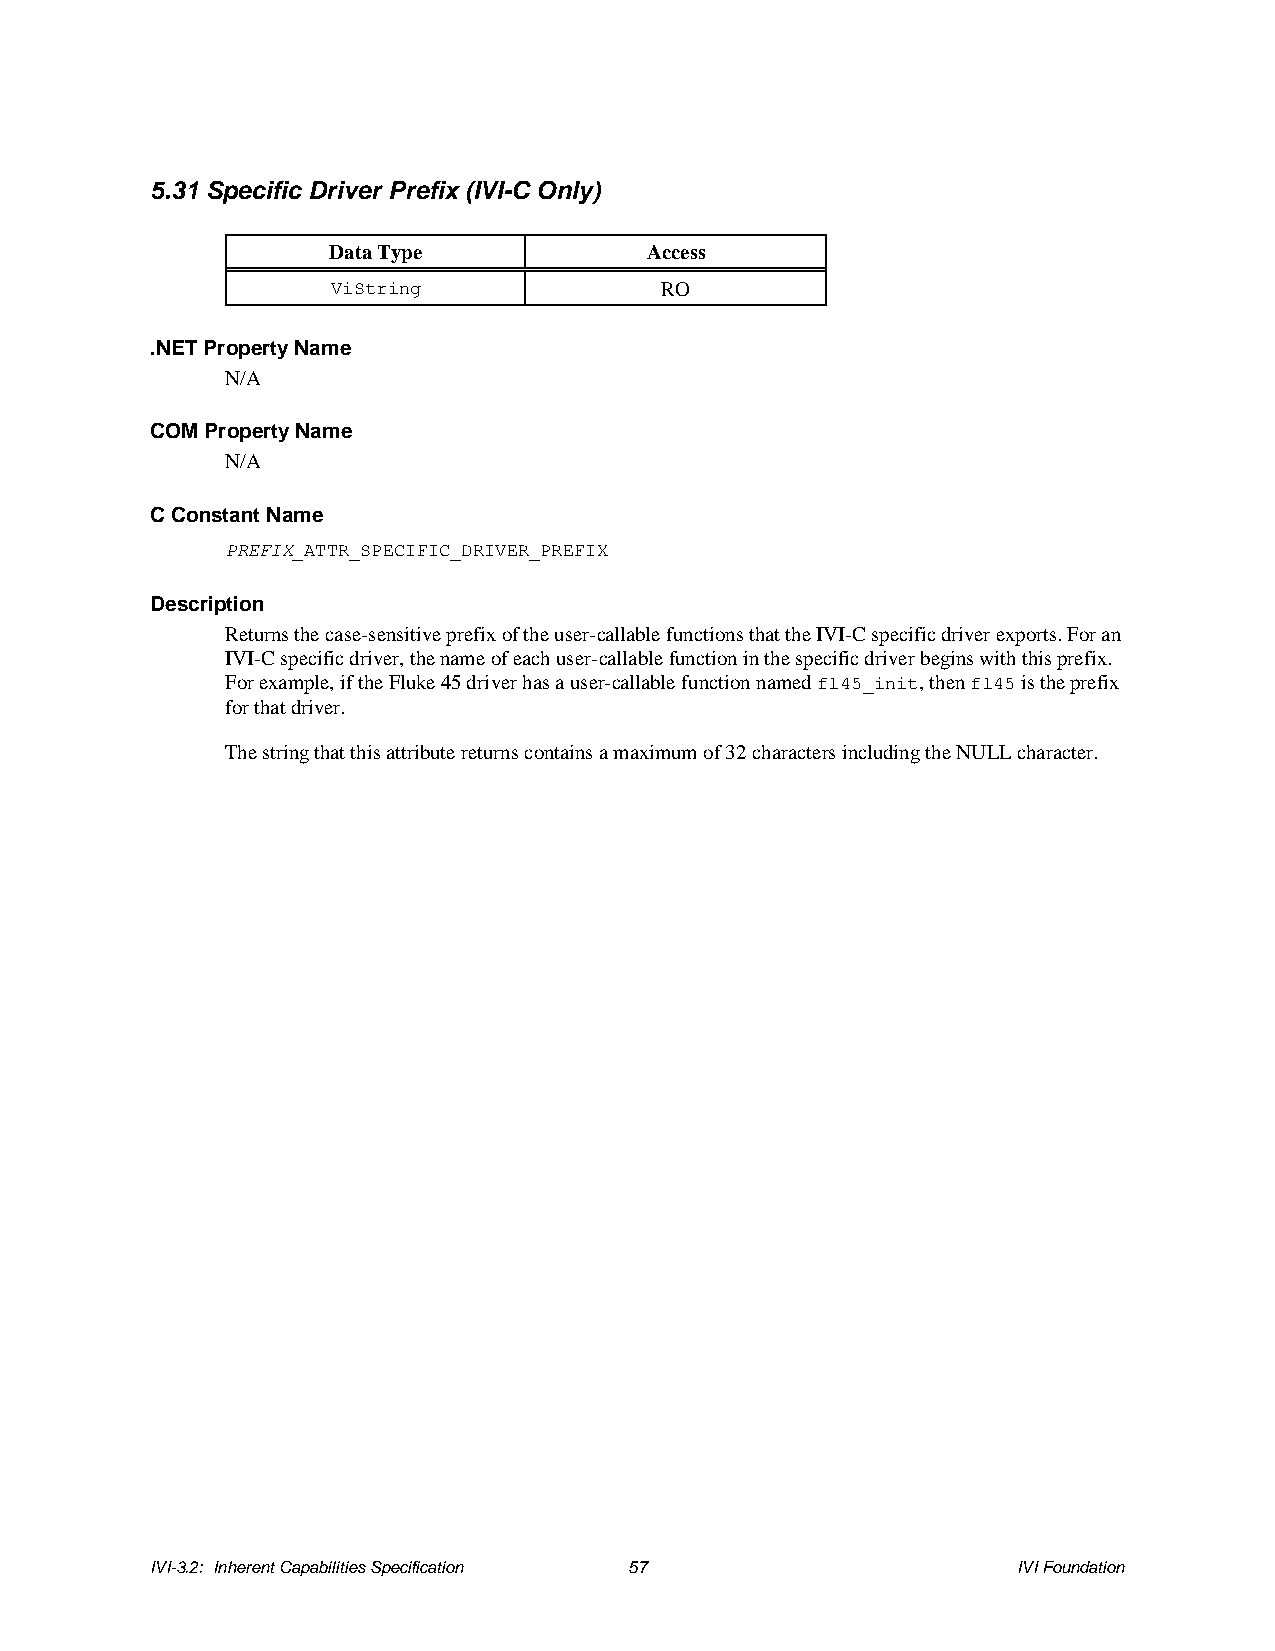
5.31 Specific Driver Prefix (IVI-C Only)
 Data Type            Access
 ViString              RO
 .NET Property Name
 N/A
 COM Property Name
 N/A
 C Constant Name
 PREFIX_ATTR_SPECIFIC_DRIVER_PREFIX
 Description
 Returns the case-sensitive prefix of the user-callable functions that the IVI-C specific driver exports. For an
 IVI-C specific driver, the name of each user-callable function in the specific driver begins with this prefix.
 For example, if the Fluke 45 driver has a user-callable function named fl45_init, then fl45 is the prefix
 for that driver.
 The string that this attribute returns contains a maximum of 32 characters including the NULL character.
 IVI-3.2: Inherent Capabilities Specification 57          IVI Foundation